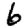
Digit: 6